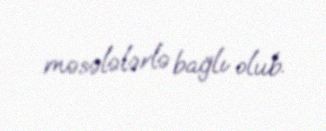
məsələlərlə bağlı olub.